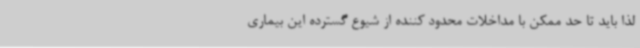
لذا باید تا حد ممکن با مداخلات محدود کننده از شیوع گسترده این بیماری